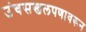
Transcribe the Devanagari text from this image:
उंचसखलपणावरून